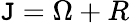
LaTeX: \mathtt{J}=\Omega+R